Indian journal of veterinary science and animal husbandry - Volume 8,
Year: 1938
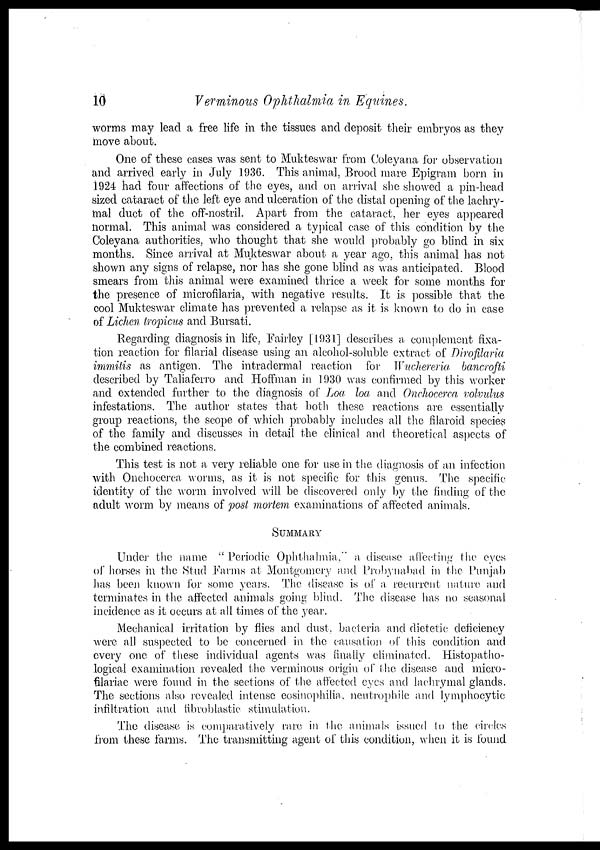
10
Verminous Ophthalmia in Equines.
worms may lead a free life in the tissues and deposit their embryos as they
move about.
One of these cases was sent to Mukteswar from Coleyana for observation
and arrived early in July 1936. This animal, Brood mare Epigram born in
1924 had four affections of the eyes, and on arrival she showed a pin-head
sized cataract of the left eye and ulceration of the distal opening of the lachry-
mal duct of the off-nostril. Apart from the cataract, her eyes appeared
normal. This animal was considered a typical case of this condition by the
Coleyana authorities, who thought that she would probably go blind in six
months. Since arrival at Mukteswar about a year ago, this animal has not
shown any signs of relapse, nor has she gone blind as was anticipated. Blood
smears from this animal were examined thrice a week for some months for
the presence of microfilaria, with negative results. It is possible that the
cool Mukteswar climate has prevented a relapse as it is known to do in case
of Lichen tropicus and Bursati.
Regarding diagnosis in life, Fairley [1931] describes a complement fixa-
tion reaction for filarial disease using an alcohol-soluble extract of Dirofilaria
immitis as antigen. The intradermal reaction for Wuchereria bancrofti
described by Taliaferro and Hoffman in 1930 was confirmed by this worker
and extended further to the diagnosis of Loa loa and Onchocerca volvulus
infestations. The author states that both these reactions are essentially
group reactions, the scope of which probably includes all the filaroid species
of the family and discusses in detail the clinical and theoretical aspects of
the combined reactions.
This test is not a very reliable one for use in the diagnosis of an infection
with Onchocerca worms, as it is not specific for this genus. The specific
identity of the worm involved will be discovered only by the finding of the
adult worm by means of post mortem examinations of affected animals.
SUMMARY
Under the name "Periodic Ophthalmia, a disease affecting the eyes
of horses in the Stud Farms at Montgomery and Probynabad in the Punjab
has been known for some years. The disease is of a recurrent nature and
terminates in the affected animals going blind. The disease has no seasonal
incidence as it occurs at all times of the year.
Mechanical irritation by flies and dust, bacteria and dietetic deficiency
were all suspected to be concerned in the causation of this condition and
every one of these individual agents was finally eliminated. Histopatho-
logical examination revealed the verminous origin of the disease and micro-
filariae were found in the sections of the affected eyes and lachrymal glands.
The sections also revealed intense eosinophilia, neutrophile and lymphocytic
infiltration and fibroblastic stimulation.
The disease is comparatively rare in the animals issued to the circles
from these farms. The transmitting agent of this condition, when it is found